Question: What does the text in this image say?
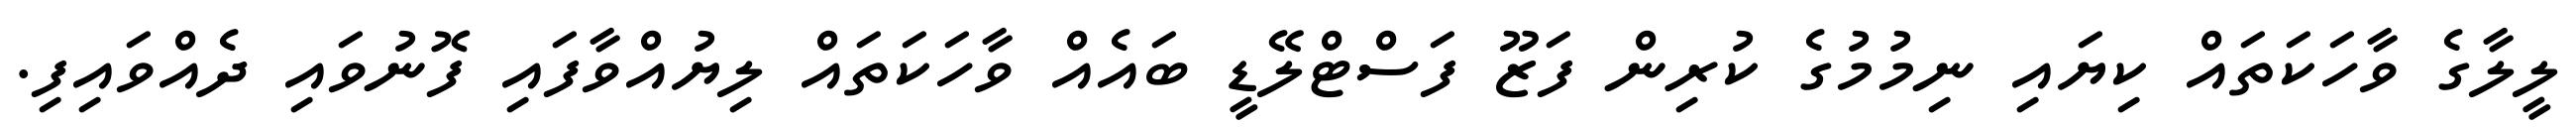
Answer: ލީލާގެ ވާހަކަތައް ކިޔައި ނިމުމުގެ ކުރިން ފަޒޫ ފަސްޓްލޭޑީ ބައެއް ވާހަކަތައް ލިޔުއްވާފައި ފޮނުވައި ދެއްވައިފި.